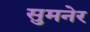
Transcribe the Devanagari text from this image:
सुमनेर